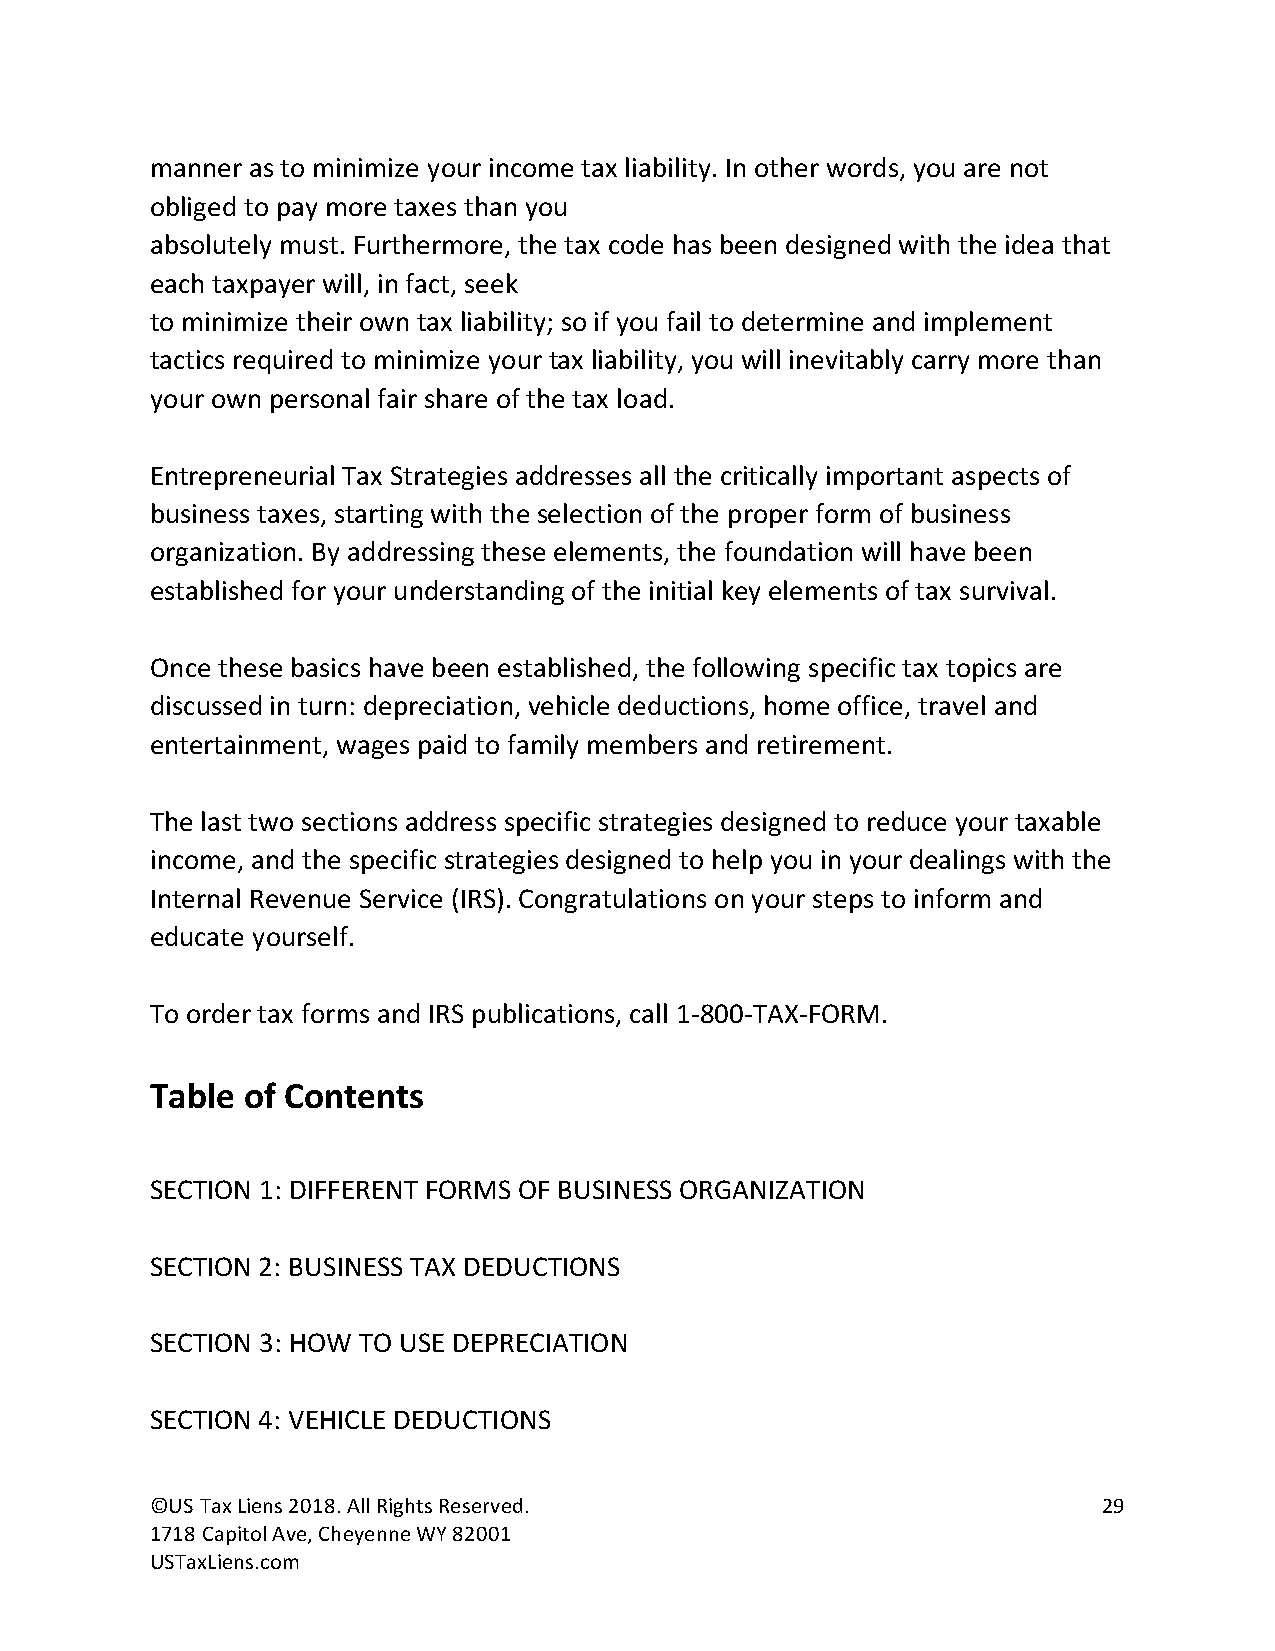
manner as to minimize your income tax liability. In other words, you are not
 obliged to pay more taxes than you
 absolutely must. Furthermore, the tax code has been designed with the idea that
 each taxpayer will, in fact, seek
 to minimize their own tax liability; so if you fail to determine and implement
 tactics required to minimize your tax liability, you will inevitably carry more than
 your own personal fair share of the tax load.
 Entrepreneurial Tax Strategies addresses all the critically important aspects of
 business taxes, starting with the selection of the proper form of business
 organization. By addressing these elements, the foundation will have been
 established for your understanding of the initial key elements of tax survival.
 Once these basics have been established, the following specific tax topics are
 discussed in turn: depreciation, vehicle deductions, home office, travel and
 entertainment, wages paid to family members and retirement.
 The last two sections address specific strategies designed to reduce your taxable
 income, and the specific strategies designed to help you in your dealings with the
 Internal Revenue Service (IRS). Congratulations on your steps to inform and
 educate yourself.
 To order tax forms and IRS publications, call 1-800-TAX-FORM.
 Table of Contents
 SECTION 1: DIFFERENT FORMS OF BUSINESS ORGANIZATION
 SECTION 2: BUSINESS TAX DEDUCTIONS
 SECTION 3: HOW TO USE DEPRECIATION
 SECTION 4: VEHICLE DEDUCTIONS
 ©US Tax Liens 2018. All Rights Reserved.                       29
 1718 Capitol Ave, Cheyenne WY 82001
 USTaxLiens.com